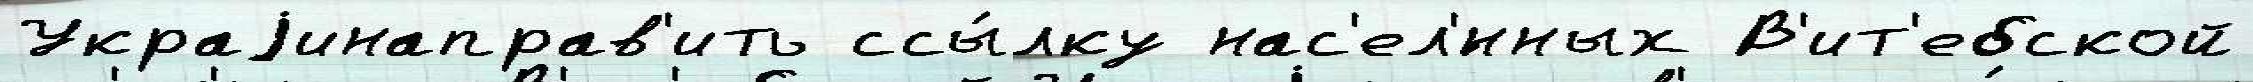
Украjинаправ'ить ссы́лку нас'ел'́нных В'ит'ебской